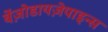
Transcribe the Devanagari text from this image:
बेंज़ोडायज़ेपाइन्स